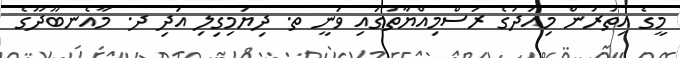
މީގެ އިތުރުން މިއަދުގެ ރަސްމިއްޔާތުގައި ވަނީ ތ. ދިޔަމިގިލި އަދި ދ. މާއެނބޫދޫގެ